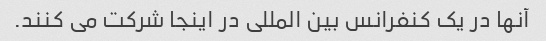
آنها در یک کنفرانس بین المللی در اینجا شرکت می کنند.